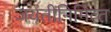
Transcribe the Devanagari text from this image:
जयंतीनिमित्‍त